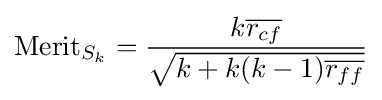
\mathrm {Merit} _{S_{k}}={\frac {k{\overline {r_{cf}}}}{\sqrt {k+k(k-1){\overline {r_{ff}}}}}}